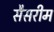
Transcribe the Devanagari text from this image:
सैसरीम